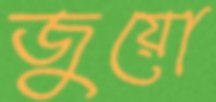
জুয়ো